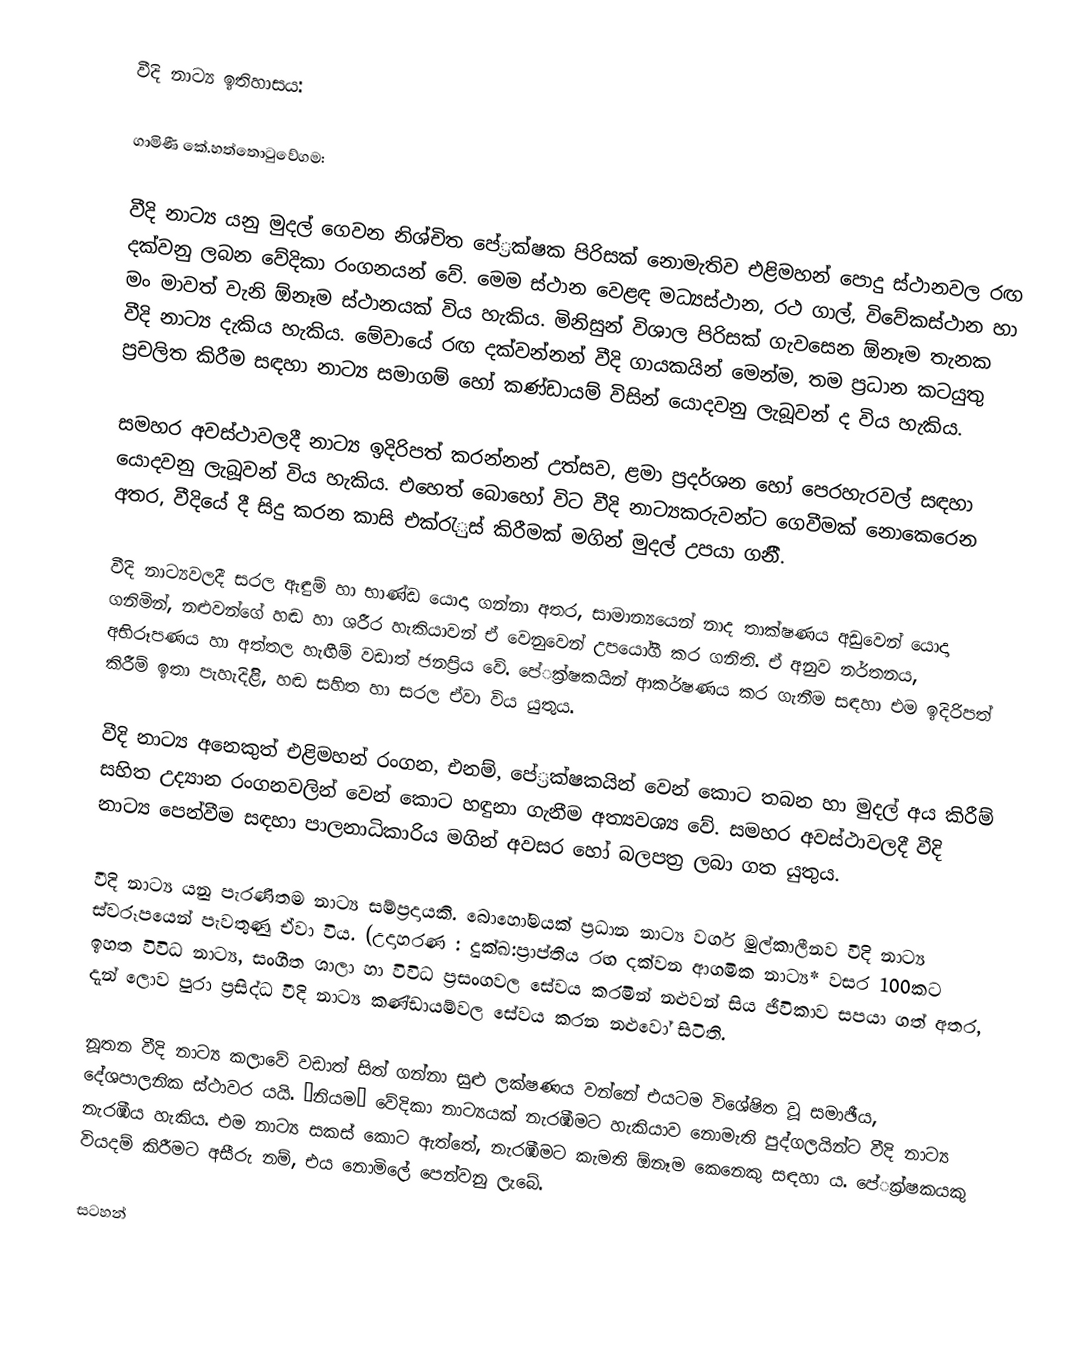
වීදි නාට්‍ය ඉතිහාසය:

ගාමිණී කේ.හත්තොටුවේගම:

වීදි නාට්‍ය යනු මුදල් ගෙවන නිශ්චිත පේ‍්‍රක්ෂක පිරිසක් නොමැතිව එළිමහන් පොදු ස්ථානවල රඟ දක්වනු ලබන වේදිකා රංගනයන් වේ. මෙම ස්ථාන වෙළඳ මධ්‍යස්ථාන, රථ ගාල්, විවේකස්ථාන හා මං මාවත් වැනි  ඕනෑම ස්ථානයක් විය හැකිය. මිනිසුන් විශාල පිරිසක් ගැවසෙන  ඕනෑම තැනක වීදි නාට්‍ය දැකිය හැකිය. මේවායේ රඟ දක්වන්නන් වීදි ගායකයින් මෙන්ම, තම ප‍්‍රධාන කටයුතු ප‍්‍රචලිත කිරීම සඳහා නාට්‍ය සමාගම් හෝ කණ්ඩායම් විසින් යොදවනු ලැබූවන් ද විය හැකිය.

සමහර අවස්ථාවලදී නාට්‍ය ඉදිරිපත් කරන්නන් උත්සව, ළමා ප‍්‍රදර්ශන හෝ පෙරහැරවල් සඳහා යොදවනු ලැබූවන් විය හැකිය. එහෙත් බොහෝ විට වීදි නාට්‍යකරුවන්ට ගෙවීමක් නොකෙරෙන අතර, වීදියේ දී සිදු කරන කාසි එක්රැුස් කිරීමක් මගින් මුදල් උපයා ගනීි.

වීදි නාට්‍යවලදී සරල ඇඳුම් හා භාණ්ඩ යොදා ගන්නා අතර, සාමාන්‍යයෙන් නාද තාක්ෂණය අඩුවෙන් යොදා ගනිමින්, නළුවන්ගේ හඬ හා ශරීර හැකියාවන් ඒ වෙනුවෙන් උපයෝගී කර ගනිති. ඒ අනුව නර්තනය, අභිරූපණය හා අත්තල හැඟීම් වඩාත් ජනප‍්‍රිය වේ. පේ‍්‍රක්ෂකයින් ආකර්ෂණය කර ගැනීම සඳහා එම ඉදිරිපත් කිරීම් ඉතා පැහැදිළිි, හඬ සහිත හා සරල ඒවා විය යුතුය.

වීදි නාට්‍ය අනෙකුත් එළිමහන් රංගන, එනම්, පේ‍්‍රක්ෂකයින් වෙන් කොට තබන හා මුදල් අය කිරීම් සහිත උද්‍යාන රංගනවලින් වෙන් කොට හඳුනා ගැනීම අත්‍යවශ්‍ය වේ. සමහර අවස්ථාවලදී වීදි නාට්‍ය පෙන්වීම සඳහා පාලනාධිකාරිය මගින් අවසර හෝ බලපත‍්‍ර ලබා ගත යුතුය.

වීදි නාට්‍ය යනු පැරණිතම නාට්‍ය සම්ප‍්‍රදායකි. බොහෝමයක් ප‍්‍රධාන නාට්‍ය වර්ග මුල්කාලීනව වීදි නාට්‍ය ස්වරූපයෙන් පැවතුණු ඒවා විය. (උදාහරණ : දුක්ඛ:ප‍්‍රාප්තිය රඟ දක්වන ආගමික නාට්‍ය* වසර 100කට ඉහත විවිධ නාට්‍ය, සංගීත ශාලා හා විවිධ ප‍්‍රසංගවල සේවය කරමින් නළුවන් සිය ඡීවිකාව සපයා ගත් අතර, දැන් ලොව පුරා ප‍්‍රසිද්ධ වීදි නාට්‍ය කණ්ඩායම්වල සේවය කරන නළුවෝ සිටිති.

නූතන වීදි නාට්‍ය කලාවේ වඩාත් සිත් ගන්නා සුළු ලක්ෂණය වන්නේ එයටම විශේෂිත වූ සමාඡීය, දේශපාලනික ස්ථාවර යයි. ‘නියම’ වේදිකා නාට්‍යයක් නැරඹීමට හැකියාව නොමැති පුද්ගලයින්ට වීදි නාට්‍ය නැරඹීය හැකිය. එම නාට්‍ය සකස් කොට ඇත්තේ, නැරඹීමට කැමති  ඕනෑම කෙනෙකු සඳහා ය. පේ‍්‍රක්ෂකයකු වියදම් කිරීමට අසීරු නම්, එය නොමිලේ පෙන්වනු ලැබේ.

සටහන්